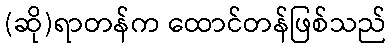
(ဆို)ရာတန်က ထောင်တန်ဖြစ်သည်